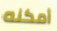
أمكنه